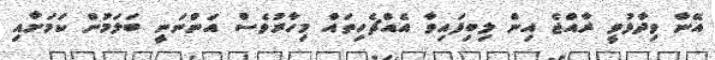
އޭނާ ވިދާޅުވީ ރާއްޖެ އިން ލިބިފައިވާ އެއްޗެހިތައް މިހާރުވެސް އަންނަނީ ބަލަމުން ކަމަށާއި